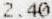
2.40